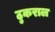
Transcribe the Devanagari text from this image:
ठुकराल